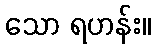
သော ရဟန်း။